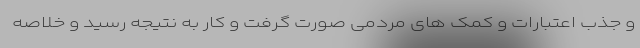
و جذب اعتبارات و کمک های مردمی صورت گرفت و کار به نتیجه رسید و خلاصه